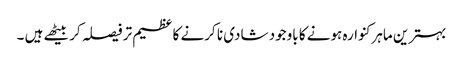
بہترین ماہرکنوارہ ہونے کا باوجود شادی نا کرنے کا عظیم تر فیصلہ کر بیٹھے ہیں ۔